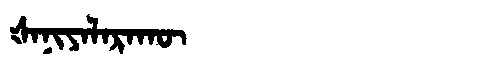
Manchu: ᡧᠠᠨᡳᠶᠠᠯᠠᡵᠠᡴᡡ
Romanization: ŠANIYALARAKŪ